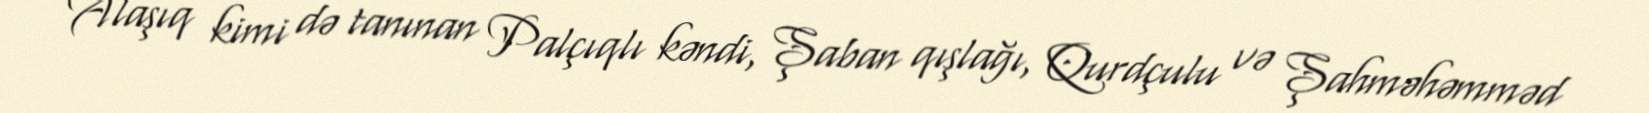
Alaşıq kimi də tanınan Palçıqlı kəndi, Şaban qışlağı, Qurdçulu və Şahməhəmməd